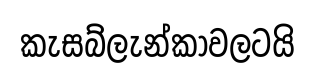
කැසබ්ලැන්කාවලටයි